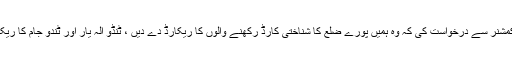
میٹنگ کے بعد ، میں نے ڈپٹی کمشنر سے درخواست کی کہ وہ ہمیں پورے ضلع کا شناختی کارڈ رکھنے والوں کا ریکارڈ دے دیں ، ٹنڈو الہ یار اور ٹندو جام کا ریکارڈ ہم نے حیدر آباد سے لیا تھا ۔